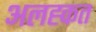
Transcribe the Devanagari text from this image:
अलह्कत